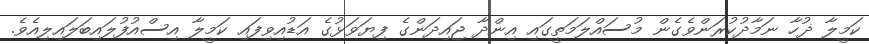
ކަމީލާ ޛުހާ ނަމާދުކުރަންވެގެން މުސައްލަމަތީގައި އިންދާ ޖައިދަންގެ ފިޔަވަޅުގެ އަޑުއިވިފައި ކަމީލާ އިސްއުފުލައިބަލައިލިއެވެ.